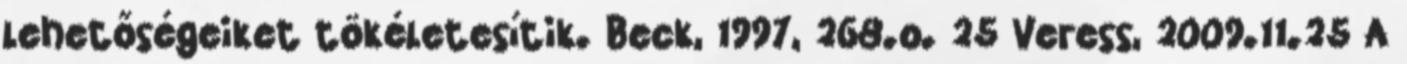
lehetőségeiket tökéletesítik. Beck, 1997, 268.o. 25 Veress, 2009.11.25 A